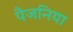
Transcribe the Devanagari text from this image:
पैजनिया